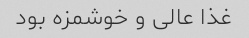
غذا عالی و خوشمزه بود